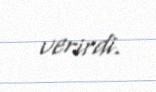
verirdi.